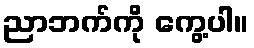
ညာဘက်ကို ကွေ့ပါ။